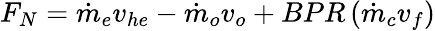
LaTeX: F_{N}={\dot{m}}_{e}v_{he}-{\dot{m}}_{o}v_{o}+BPR\, ({\dot{m}}_{c}v_{f})